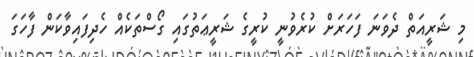
މި ޝަރީއަތް ދެވަނަ ފަހަރަށް ކުރެވުނީ ކުރީގެ ޝަރީޢަތުގައި ގޯސްތަކެއް ހެދިފައިވާކަން ފާހަގަ